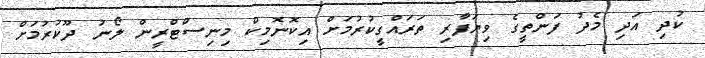
ކުދި އަދި މެދު ފަންތީގެ ވިޔަފާރި ތަރައްގީކުރުމަށް އިކޮނޮމިކް މިނިސްޓްރީން ލޯނު ދޫކުރުމަށް